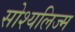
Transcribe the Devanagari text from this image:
सोश्यलिज्म